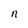
Character: n